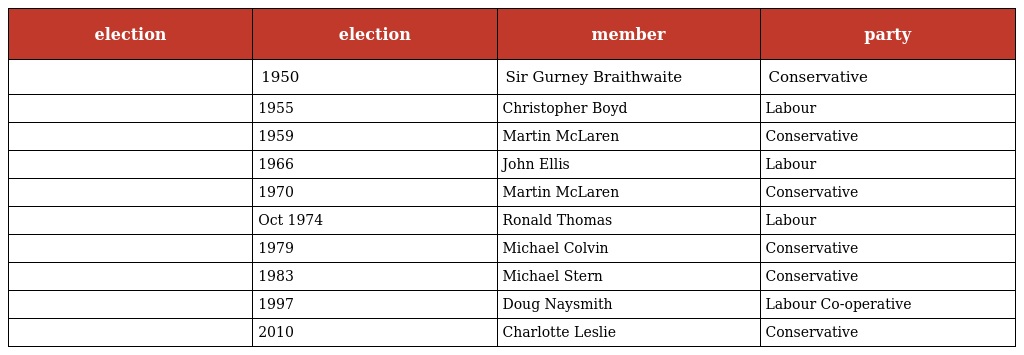
| election | election | member | party |
 | --- | --- | --- | --- |
 |  | 1950 | Sir Gurney Braithwaite | Conservative |
 |  | 1955 | Christopher Boyd | Labour |
 |  | 1959 | Martin McLaren | Conservative |
 |  | 1966 | John Ellis | Labour |
 |  | 1970 | Martin McLaren | Conservative |
 |  | Oct 1974 | Ronald Thomas | Labour |
 |  | 1979 | Michael Colvin | Conservative |
 |  | 1983 | Michael Stern | Conservative |
 |  | 1997 | Doug Naysmith | Labour Co-operative |
 |  | 2010 | Charlotte Leslie | Conservative |